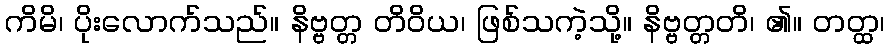
ကိမိ၊ ပိုးလောက်သည်။ နိဗ္ဗတ္တ တိဝိယ၊ ဖြစ်သကဲ့သို့။ နိဗ္ဗတ္တတိ၊ ၏။ တတ္ထ၊